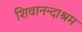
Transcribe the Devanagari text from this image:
शिवानन्दाश्रम